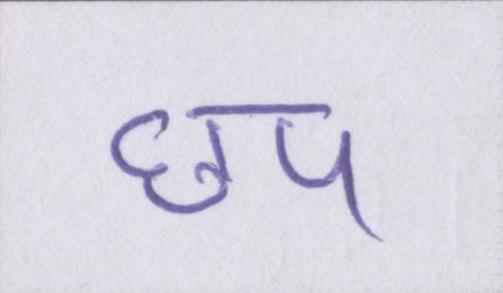
छप